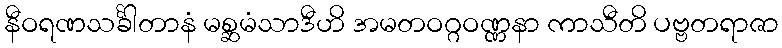
နီဝရဏသင်္ခါတာနံ မစ္ဆမံသာဒီဟိ အမတဝဂ္ဂဝဏ္ဏနာ ကာသီတိ ပဗ္ဗတရာဇာ